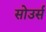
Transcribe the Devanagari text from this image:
सोउर्स